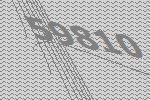
59810